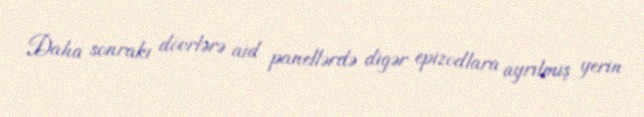
Daha sonrakı dövrlərə aid panellərdə digər epizodlara ayrılmış yerin